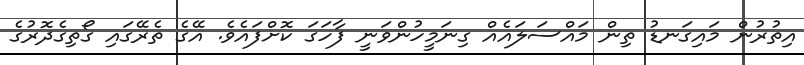
އިތުރުން މައިގަނޑު ތިން މައްސަލައެއް ގިނަމީހުންވަނީ ފާހަގަ ކޮށްފަައެވެ. އޭގެ ތެރޭގައި ގޯތިގެދޮރުގެ